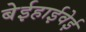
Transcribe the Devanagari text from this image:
बेईहाईवेई